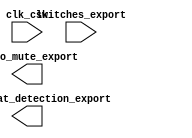

module audioqsys_simplified (
	clk_clk,
	switches_export,
	enable_beat_detection_export,
	audio_mute_export);	

	input		clk_clk;
	input	[17:0]	switches_export;
	output		enable_beat_detection_export;
	output		audio_mute_export;
endmodule